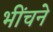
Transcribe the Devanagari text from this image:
भींचने